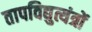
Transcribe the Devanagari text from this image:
तापविद्युत्यंत्रों